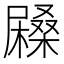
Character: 𡳨